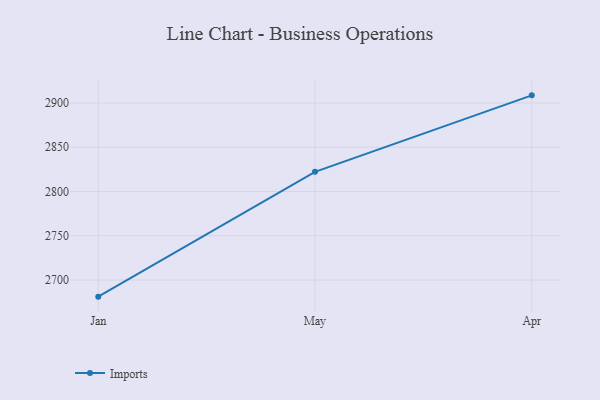
{"axis": {"x": "Month", "y": "Conversion Rate (%)"}, "legend": ["Imports"], "data": [{"x": "Jan", "y": 2681.3, "type": "Imports"}, {"x": "May", "y": 2822.2, "type": "Imports"}, {"x": "Apr", "y": 2908.6, "type": "Imports"}]}